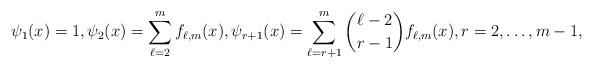
LaTeX: \begin{align*}\psi_1(x) = 1, \psi_2(x) = \sum_{\ell=2}^m f_{\ell,m}(x), \psi_{r+1}(x) = \sum_{\ell=r+1}^m \binom{\ell-2}{r-1} f_{\ell,m}(x), r=2,\dots,m-1,\end{align*}